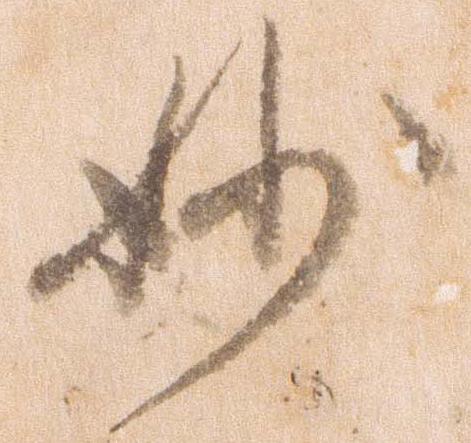
妙